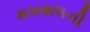
મખમલની